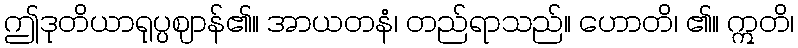
ဤဒုတိယာရုပ္ပဈာန်၏။ အာယတနံ၊ တည်ရာသည်။ ဟောတိ၊ ၏။ ဣတိ၊